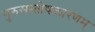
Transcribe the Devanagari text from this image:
गुरुसन्तोषकारणम्